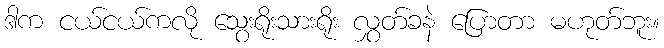
ဒါက ငယ်ငယ်ကလို သွေးရိုးသားရိုး လွှတ်ခနဲ ပြောတာ မဟုတ်ဘူး။